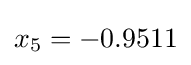
x_{5}=-0.9511